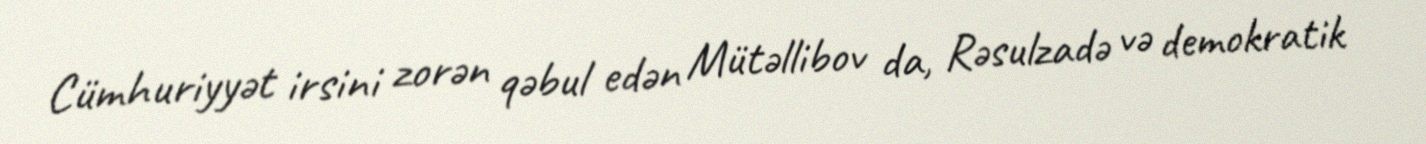
Cümhuriyyət irsini zorən qəbul edən Mütəllibov da, Rəsulzadə və demokratik